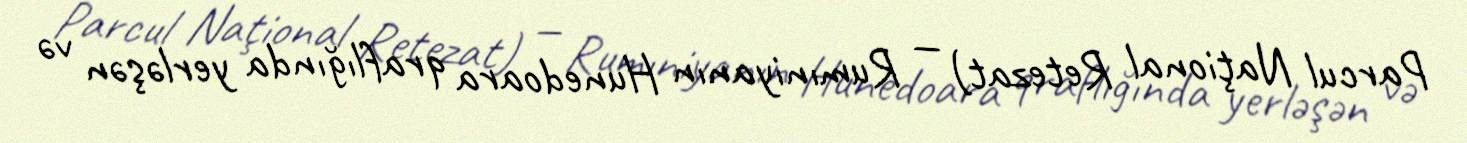
Parcul Naţional Retezat) — Rumıniyanın Hunedoara qraflığında yerləşən və